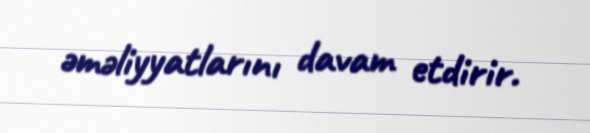
əməliyyatlarını davam etdirir.